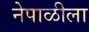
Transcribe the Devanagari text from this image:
नेपाळीला